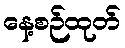
နေ့စဉ်ထုတ်